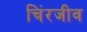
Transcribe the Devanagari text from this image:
चिंरजीव